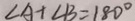
\angle A + \angle B = 1 8 0 ^ { \circ }